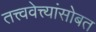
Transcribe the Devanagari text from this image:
तत्त्ववेत्त्यांसोबत